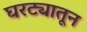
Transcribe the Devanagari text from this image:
घरट्यातून